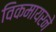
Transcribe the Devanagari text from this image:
विकमायरने